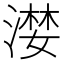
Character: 漤